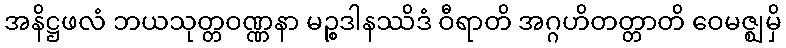
အနိဋ္ဌဖလံ ဘယသုတ္တဝဏ္ဏနာ မဉ္စဒါနဿိဒံ ဝီရာတိ အဂ္ဂဟိတတ္တာတိ ဝေမဇ္ဈမှိ